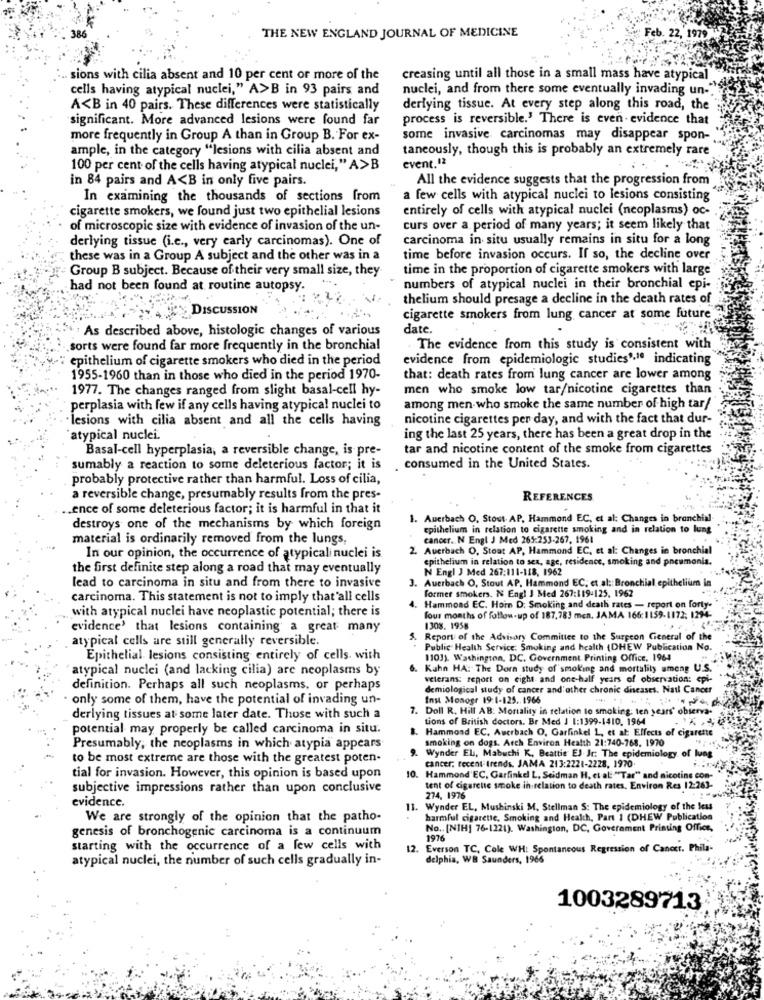
THE NEW ENGLAND JOURNAL OF MEDICINE
.22, 1
. sions with cilia absent and 10 per cent or more of the
creasing until all those in a small mass have atypical
cells having atypical nuclei," A>B in 93 pairs and
nuclei, and from there some eventually invading un-"
A<B in 40 pairs. These differences were statistically
derlying tissue. At every step along this road, the
significant. More advanced lesions were found far
process is reversible.' There is even- evidence that
more frequently in Group A than in Group B. For ex-
some invasive carcinomas may disappear spon-
ample, in the category "lesions with cilia absent and
taneously, though this is probably an extremely rare
event.12
100 per cent of the cells having atypical nuclei," A>B
in 84 pairs and A<B in only five pairs.
All the evidence suggests that the progression from
In examining the thousands of sections from
a few cells with atypical nuclei to lesions consisting
cigarette smokers, we found just two epithelial lesions
entirely of cells with atypical nuclei (neoplasms) oc-
of microscopic size with evidence of invasion of the un-
curs over a period of many years; it seem likely that
derlying tissue (i.e ., very early carcinomas). One of
carcinoma in situ usually remains in situ for a long
these was in a Group A subject and the other was in a
time before invasion occurs. If so, the decline over
Group B subject. Because of their very small size, they
time in the proportion of cigarette smokers with large
had not been found at routine autopsy
numbers of atypical nuclei in their bronchial epi-
thelium should presage a decline in the death rates of
DISCUSSION
cigarette smokers from lung cancer at some future
As described above, histologic changes of various
date .
.sorts were found far more frequently in the bronchial
The evidence from this study is consistent with
epithelium of cigarette smokers who died in the period
evidence from epidemiologic studies",1ª indicating
1955-1960 than in those who died in the period 1970-
that: death rates from lung cancer are lower among
1977. The changes ranged from slight basal-cell hy-
men who smoke low tar/nicotine cigarettes than
perplasia with few if any cells having atypical nuclei to
among men who smoke the same number of high tar/
lesions with cilia absent and all the cells having
nicotine cigarettes per day, and with the fact that dur-
atypical nuclei.
ing the last 25 years, there has been a great drop in the
Basal-cell hyperplasia, a reversible change, is pre-
tar and nicotine content of the smoke from cigarettes
sumably a reaction to some deleterious factor; it is
consumed in the United States.
probably protective rather than harmful. Loss of cilia,
a reversible change, presumably results from the pres-
REFERENCES
.ence of some deleterious factor; it is harmful in that it
1. Auerbach O. Stout. AP, Hammond EC, et al: Changes in bronchial
destroys one of the mechanisms by which foreign
epithelium in relation to cigarette smoking and in relation to lung
material is ordinarily removed from the lungs,
cancer. N Engl J Med 265:253-267, 1961
2. Auerbach O. Stout AP, Hammond EC, et al: Changes in bronchial
In our opinion, the occurrence of atypicali nuclei is
epithelium in relation to sex, age, residence, smoking and pneumonia.
the first definite step along a road that may eventually
N Engl J Med 267:111-118, 1962
3. Auerbach O, Stout AP. Hammond EC; et al :: Bronchial epithelium in
lead to carcinoma in situ and from there to invasive
former smokers. N Engl J Med 267:119-125. 1962
carcinoma. This statement is not to imply that'all cells
with atypical nuclei have neoplastic potential; there is
4. Hammond EC. Horn D: Smoking and death rates - report on forty-
four months of follow-up of 187,783 men. JAMA 166:1159-1172; 1294-
evidence' that lesions containing a great many
1308. 1958
atypical cells are still generally reversible.
5. Report of the Advisory Committee to the Surgeon General of the
Public Health Service: Smoking and health (DHEW Publication No.
Epithelial lesions consisting entirely of cells. with
1101). Washington, DC. Government Printing Office. 1964
atypical nuclei (and lacking cilia) are neoplasms by
6. Kahn HA: The Dorn study of smoking and mortality ameng U.S.
veterans: report on eight and one-half years of observation: epi-
definition. Perhaps all such neoplasms, or perhaps
demiological study of cancer and other chronic diseases. Nail Cancer
only some of them, have the potential of invading un-
Inst Monogr 19:1-125 .. 1966
7. Doll R. Hill AB: Mortality in relation to smoking: ten years' observa-
derlying tissues at some later date. Those with such a
tions of British doctors. Br Med J 1:1399-1410, 1964
potential may properly be called carcinoma in situ.
B. Hammond EC. Auerbach O, Garfinkel L, et al: Effects of cigarette
smoking on dogs. Arch Environ Health 21:740-768. 1970
Presumably, the neoplasms in which atypia appears
to be most extreme are those with the greatest poten-
9. Wynder El, Mabuchi K, Beattie EJ-Jr: The epidemiology of lung
cancer. recent trends. JAMA 213:2221-2228, 1970
tial for invasion. However, this opinion is based upon
10. Hammond'EC, Garfinkel L, Seidman H. et al: "Tar" and nicotine con-
subjective impressions rather than upon conclusive
tent of cigarette smoke in relation to death rates. Environ Res 12:263-
evidence.
274, 1976
11. Wynder EL, Mushinski M. Stellman S: The epidemiology of the les
We are strongly of the opinion that the patho-
harmful cigarette, Smoking and Health, Part 1 (DHEW Publication
genesis of bronchogenic carcinoma is a continuum
No .. [NIH] 76-1224). Washington, DC, Government Printing Office,
1976
starting with the occurrence of a few cells with
12.
Everson TC, Cole WH: Spontaneous Regression of Cancer. Phila-
atypical nuclei, the number of such cells gradually in-
delphia, WB Saunders, 1966
1003289713